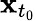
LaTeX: \mathbf{x}_{t_{0}}